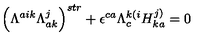
\left( \Lambda ^ { a i k } \Lambda _ { a k } ^ { j } \right) ^ { s t r } + \epsilon ^ { c a } \Lambda _ { c } ^ { k ( i } H _ { k a } ^ { j ) } = 0